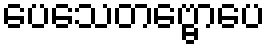
ပေသေတဗ္ဗောပေ